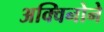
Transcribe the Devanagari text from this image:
अक्विनोने